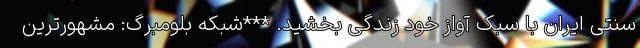
سنتی ایران با سبک آواز خود زندگی بخشید. ***شبکه بلومبرگ: مشهورترین